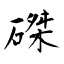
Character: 磔